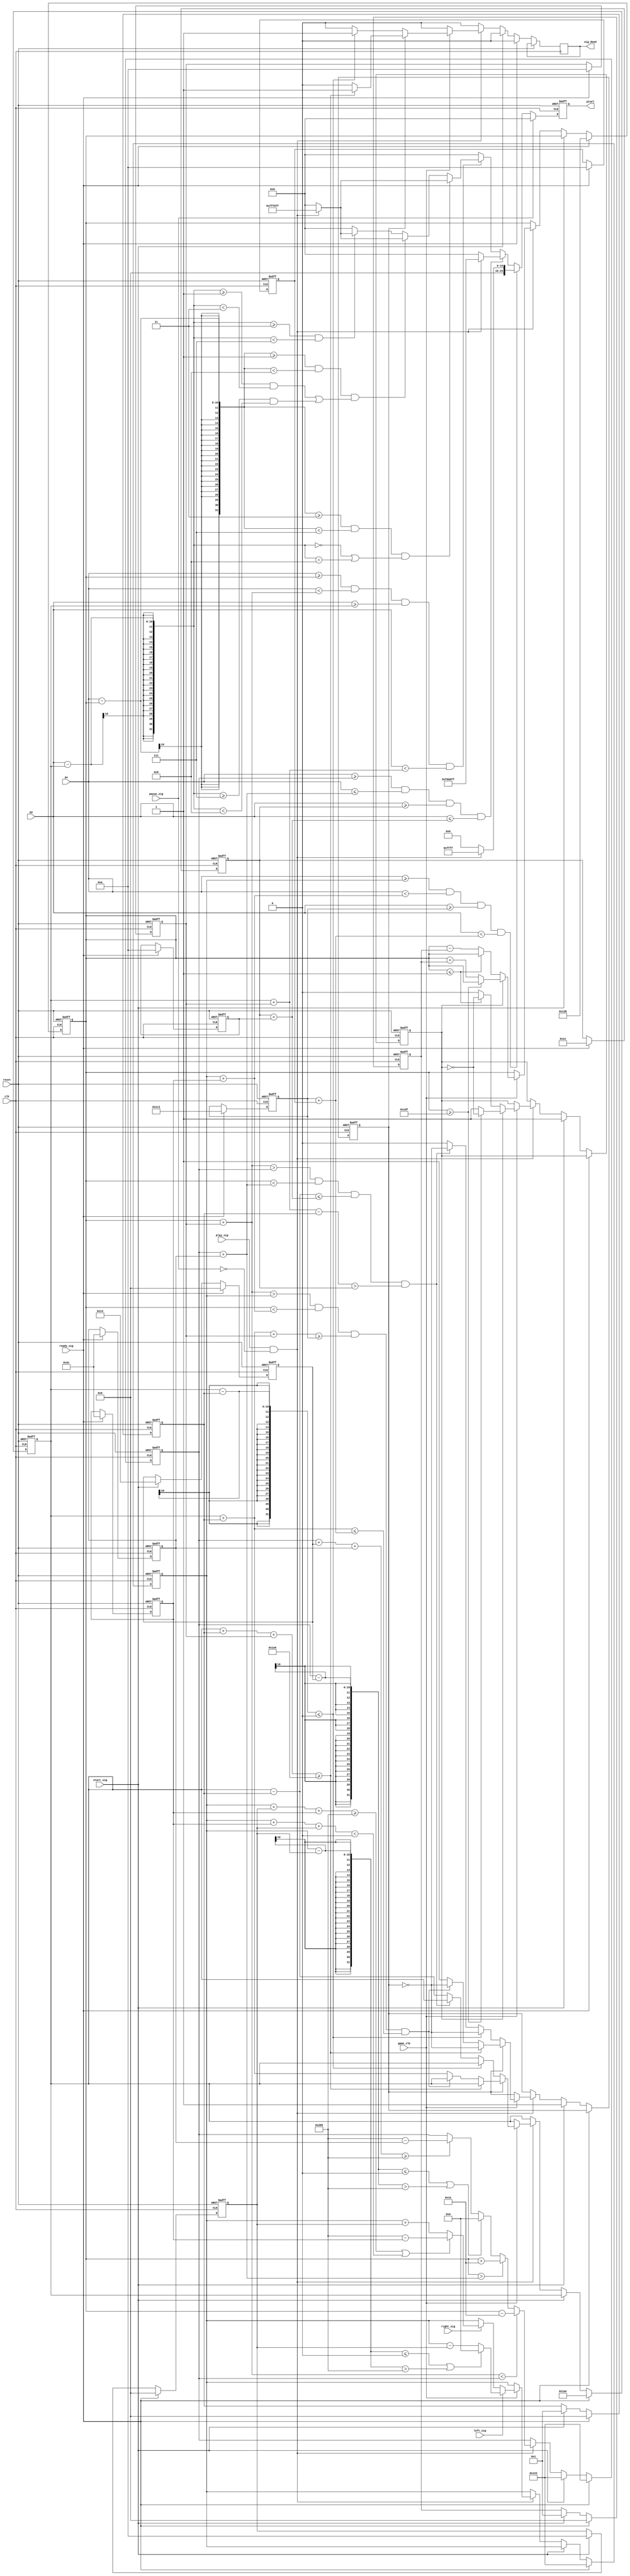
module game_datapath(clk, game_clk, reset, px, py,
	ready_sig, start_sig, play_sig, pause_sig, left_sig, right_sig,
	pixel, sig_dead);
	
	input clk, game_clk, reset;
	input [9:0] px, py;
	input ready_sig, start_sig, play_sig, pause_sig, left_sig, right_sig;
	output reg [23:0] pixel;
	output reg sig_dead;
	
	reg [7:0] player_bar_size_x, player_bar_size_y;
	reg [9:0] player_bar_x, player_bar_y; //size 60*10 pixel
	reg [7:0] player_bar_vx;
	
	reg [7:0] ai_bar_size_x, ai_bar_size_y;
	reg [9:0] ai_bar_x, ai_bar_y; //60*60 pixel
	reg [7:0] ai_bar_vx;
	
	reg [7:0] ball_size;
	reg [9:0] ball_x, ball_y; //size 10*10 pixel
	reg [7:0] ball_vx, ball_vy; 
	reg ball_vxd, ball_vyd;	//0 left up, 1 right up
	
	
	//screen
	always @(posedge clk or posedge reset) begin
		if(reset) pixel <= 24'h000000;
		else if (pause_sig) pixel <= 24'h000000;
		else begin // else 1
			pixel <= 24'h000000;
			//px, py in player_bar sketch
			if ((px>=player_bar_x)&&(px<player_bar_x+player_bar_size_x)&&(py>=player_bar_y)&&(py<player_bar_y+player_bar_size_y)) begin
				if (!pause_sig && play_sig) pixel <= 24'h00ffff; //on game - coloring
			/// ai bar sketch
			end else if ((px>=ai_bar_x)&&(px<=ai_bar_x+ai_bar_size_x)&&(py>=ai_bar_y)&&(py<=ai_bar_y+ai_bar_size_y)) begin
				if (!pause_sig && play_sig) pixel <= 24'hf000ff;
			/// ball sketch
			end else if ((px>=ball_x)&&(px<ball_x+ball_size)&&(py>=ball_y)&&(py<ball_y+ball_size)) begin // else 2
				if((px-ball_x >= 3)&&(px-ball_x<7)&&(py-ball_y==0||py-ball_y==9)) begin
					if(!pause_sig && play_sig) pixel <= 24'hfff0ff; 
				end else if((px-ball_x>=1) && (px-ball_x<9) &&(py-ball_y>=1 && py-ball_y<3 || py-ball_y>=7 && py-ball_y<9)) begin
					if(!pause_sig && play_sig) pixel <= 24'hfff0ff;
				end else if(py-ball_y>=3 && py-ball_y<7) begin
					if(!pause_sig && play_sig) pixel<=24'hfff0ff;
				end else begin //else 3
						pixel<=24'h000000;
				end // end else 3
			end // end else 2
		end // end else 1
	end // end always

	
	always @(posedge clk or posedge reset) begin	//player_bar
		if(reset) begin
			player_bar_x<=290;
			player_bar_y<=450;
			player_bar_vx<=0;
			player_bar_size_x<=0;
			player_bar_size_y<=0;
		end else begin //else begin1
			if(ready_sig) begin
				player_bar_x<=290;
				player_bar_y<=450;
				player_bar_vx<=0;
				player_bar_size_x<=60;
				player_bar_size_y<=10;
			end else if(start_sig) begin
				player_bar_vx <= 10;
			end else begin //else begin2
				if(play_sig && !pause_sig) begin
					if(game_clk) begin	//posedge game-clk
						if(left_sig) begin //move to left
							if(player_bar_x-player_bar_vx <= 0 || player_bar_x-player_bar_vx > 640) player_bar_x <= 0;
							else player_bar_x<=player_bar_x-player_bar_vx;
						end
						else if(right_sig) begin //move to right
							if(player_bar_x+player_bar_vx+player_bar_size_x>=640||player_bar_x+player_bar_size_x+player_bar_vx < 0) 
								player_bar_x <= 640-player_bar_size_x;
							else player_bar_x <= player_bar_x+player_bar_vx;
						end //end right_sig
					end // end game_clk
				end //end play_sig & !pause_sig
			end //end else begin 2
		end //end else begin 1
	end //end always
	

	always @(posedge clk or posedge reset) begin //ai_bar
		if(reset) begin
			ai_bar_x <= 290;
			ai_bar_y <= 30;
			ai_bar_vx <= 0;
			ai_bar_size_x <= 0;
			ai_bar_size_y <= 0;
		end else begin //1
			if(ready_sig) begin
				ai_bar_x <= 290;
				ai_bar_y <= 30;
				ai_bar_vx <= 0;
				ai_bar_size_x <= 60;
				ai_bar_size_y <= 10;
			end else if (start_sig) begin
				ai_bar_vx <= 20;
				ai_bar_x <= 290;
			end else begin //2
				if(play_sig && !pause_sig)	begin
					if(ball_x+ball_size < ai_bar_x) ai_bar_x <= ball_x - 30;
					else if (ball_x > ai_bar_x+ai_bar_size_x) ai_bar_x <= ball_x + 30;
					else if(ai_bar_x-ai_bar_vx<=0 || ai_bar_x-ai_bar_vx>640) ai_bar_x <= 0;
					else if(ai_bar_x+ai_bar_vx+ai_bar_size_x>=640) ai_bar_x <= 640-ai_bar_size_x;
				end 
			end //end else begin 2
		end // end else gegin 1
	end // end always
	
	
	always @(posedge clk or posedge reset) begin //ball
		if(reset) begin //define ball x, y and ball size
			ball_y <= 430;
			ball_vy <= 0;
			ball_vyd <= 0;
			ball_x <= 315;
			ball_vx <= 0;
			ball_vxd <= 0;
			ball_size <= 0;
		end else begin //1
			sig_dead <= 0;
			if(ready_sig) begin // game ready
				ball_y <= 430;
				ball_vy <= 0;
				ball_x <= 315;
				ball_vx <= 0;
				ball_size <= 10;
			end else if(start_sig) begin // game_start;
				ball_vy <= 1; 
				ball_vyd <= 1; // y direction 1 : down
				ball_vx <=1; 
				ball_vxd <= 1; // x dierction 1 : right
			end else begin //2
				if(play_sig&&!pause_sig) begin //during game
					if(game_clk) begin
						if(ball_vyd) begin // vy direction : 1 => down
							if(ball_y+ball_vy+ball_size>=480) begin ball_vyd <= ~ball_vyd; sig_dead <= 1; end 	//if fin
							else if ( ball_x + ball_size > player_bar_x
									&& ball_x < player_bar_x + player_bar_size_x
									&& ball_y + ball_vy + ball_size >= player_bar_y
									&& ball_y + ball_vy <= player_bar_y + player_bar_size_y ) ball_vyd <= ~ball_vyd;
							else ball_y <= ball_y+ball_vy;
						end //end ball_vyd 
						else begin //ball_vyd =0 => up
							if(ball_y-ball_vy <= 0) begin sig_dead <= 1; ball_vyd <= ~ball_vyd; end
							else if (ball_x+ball_size > ai_bar_x
									&& ball_x < ai_bar_x + ai_bar_size_x
									&& ball_y - ball_vy <= ai_bar_y + ai_bar_size_y
									&& ball_y+ball_size-ball_vy > ai_bar_y) ball_vyd <= ~ball_vyd;
							else ball_y <= ball_y-ball_vy;
						end // end ball_vyd =0
						if(ball_vxd) begin // vxd = 1 => right
								if(ball_x>=479) ball_vxd <= ~ball_vxd;
								else ball_x <= ball_x + ball_vx;
						end // end vxd=1
						else begin //vxd = 0 => left
								if(ball_x<=1) ball_vxd <= ~ball_vxd;
								else ball_x <= ball_x - ball_vx;
						end // end vxc = 0
						end // end game_clk
					end // end play ~
				end // end else begin 2
			end // end else begin 1
		end // end always
		
endmodule